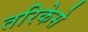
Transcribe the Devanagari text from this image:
तरिकेसे